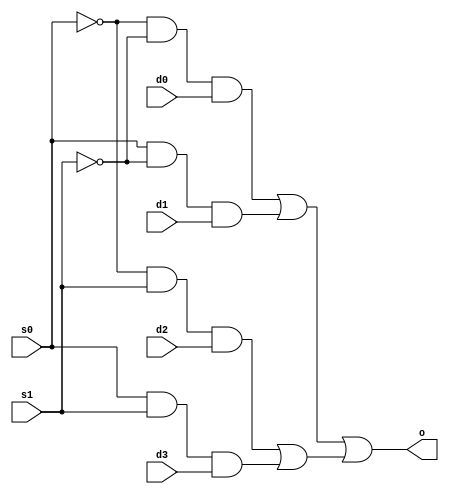
//Ricky Gutierrez
//CSC137, Section 3
//Assignment #1
//mux4x1.v

module MuxMod(s0, s1, d0, d1, d2, d3, o);
	input s0, s1, d0, d1, d2, d3;
	output o;

	wire and0, and1, and2, and3;

	and(and0, ((~s0) & (~s1)), d0);
	and(and1, (s0 & (~s1)), d1);
	and(and2, ((~s0) & s1), d2);
	and(and3, (s0 & s1), d3);
	or(o, (and0 | and1), (and2 | and3));
endmodule

module TestMod;
	reg s0, s1, d0, d1, d2, d3;
	wire o;
	MuxMod my_mux(s0, s1, d0, d1, d2, d3, o);

	initial begin
		$display("Time\ts1\ts0\td0\td1\td2\td3\to");
		$display("---------------------------------------------------------");
		$monitor("%0d\t%b\t%b\t%b\t%b\t%b\t%b\t%b", $time, s1, s0, d0, d1, d2, d3, o);
	end

	initial begin
	//#1
		s0 = 0; s1 = 0; d0 = 0; d1 = 0; d2 = 0; d3 = 0; #1;
		s0 = 0; s1 = 0; d0 = 0; d1 = 0; d2 = 0; d3 = 1; #1;
		s0 = 0; s1 = 0; d0 = 0; d1 = 0; d2 = 1; d3 = 0; #1;
                s0 = 0; s1 = 0; d0 = 0; d1 = 0; d2 = 1; d3 = 1; #1;
                s0 = 0; s1 = 0; d0 = 0; d1 = 1; d2 = 0; d3 = 0; #1;
                s0 = 0; s1 = 0; d0 = 0; d1 = 1; d2 = 0; d3 = 1; #1;
                s0 = 0; s1 = 0; d0 = 0; d1 = 1; d2 = 1; d3 = 0; #1;
                s0 = 0; s1 = 0; d0 = 0; d1 = 1; d2 = 1; d3 = 1; #1;
	//#2
                s0 = 0; s1 = 0; d0 = 1; d1 = 0; d2 = 0; d3 = 1; #1;
                s0 = 0; s1 = 0; d0 = 1; d1 = 0; d2 = 1; d3 = 0; #1;
                s0 = 0; s1 = 0; d0 = 1; d1 = 0; d2 = 1; d3 = 0; #1;
                s0 = 0; s1 = 0; d0 = 1; d1 = 0; d2 = 1; d3 = 1; #1;
                s0 = 0; s1 = 0; d0 = 1; d1 = 1; d2 = 0; d3 = 0; #1;
                s0 = 0; s1 = 0; d0 = 1; d1 = 1; d2 = 0; d3 = 1; #1;
                s0 = 0; s1 = 0; d0 = 1; d1 = 1; d2 = 1; d3 = 0; #1;
                s0 = 0; s1 = 0; d0 = 1; d1 = 1; d2 = 1; d3 = 1; #1;
	//#3
		s0 = 1; s1 = 0; d0 = 0; d1 = 0; d2 = 0; d3 = 0; #1;
                s0 = 1; s1 = 0; d0 = 0; d1 = 0; d2 = 0; d3 = 1; #1;
                s0 = 1; s1 = 0; d0 = 0; d1 = 0; d2 = 1; d3 = 0; #1;
                s0 = 1; s1 = 0; d0 = 0; d1 = 0; d2 = 1; d3 = 1; #1;
                s0 = 1; s1 = 0; d0 = 0; d1 = 1; d2 = 0; d3 = 0; #1;
                s0 = 1; s1 = 0; d0 = 0; d1 = 1; d2 = 0; d3 = 1; #1;
                s0 = 1; s1 = 0; d0 = 0; d1 = 1; d2 = 1; d3 = 0; #1;
                s0 = 1; s1 = 0; d0 = 0; d1 = 1; d2 = 1; d3 = 1; #1;
	//#4
                s0 = 1; s1 = 0; d0 = 1; d1 = 0; d2 = 0; d3 = 0; #1;
                s0 = 1; s1 = 0; d0 = 1; d1 = 0; d2 = 0; d3 = 1; #1;
                s0 = 1; s1 = 0; d0 = 1; d1 = 0; d2 = 1; d3 = 0; #1;
                s0 = 1; s1 = 0; d0 = 1; d1 = 0; d2 = 1; d3 = 1; #1;
                s0 = 1; s1 = 0; d0 = 1; d1 = 1; d2 = 0; d3 = 0; #1;
                s0 = 1; s1 = 0; d0 = 1; d1 = 1; d2 = 0; d3 = 1; #1;
                s0 = 1; s1 = 0; d0 = 1; d1 = 1; d2 = 1; d3 = 0; #1;
                s0 = 1; s1 = 0; d0 = 1; d1 = 1; d2 = 1; d3 = 1; #1;
	//#5
                s0 = 0; s1 = 1; d0 = 0; d1 = 0; d2 = 0; d3 = 0; #1;
                s0 = 0; s1 = 1; d0 = 0; d1 = 0; d2 = 0; d3 = 1; #1;
                s0 = 0; s1 = 1; d0 = 0; d1 = 0; d2 = 1; d3 = 0; #1;
                s0 = 0; s1 = 1; d0 = 0; d1 = 0; d2 = 1; d3 = 1; #1;
                s0 = 0; s1 = 1; d0 = 0; d1 = 1; d2 = 0; d3 = 0; #1;
                s0 = 0; s1 = 1; d0 = 0; d1 = 1; d2 = 0; d3 = 1; #1;
                s0 = 0; s1 = 1; d0 = 0; d1 = 1; d2 = 1; d3 = 0; #1;
                s0 = 0; s1 = 1; d0 = 0; d1 = 1; d2 = 1; d3 = 1; #1;
	//#6
		s0 = 0; s1 = 1; d0 = 1; d1 = 0; d2 = 0; d3 = 0; #1;
                s0 = 0; s1 = 1; d0 = 1; d1 = 0; d2 = 0; d3 = 1; #1;
                s0 = 0; s1 = 1; d0 = 1; d1 = 0; d2 = 1; d3 = 0; #1;
                s0 = 0; s1 = 1; d0 = 1; d1 = 0; d2 = 1; d3 = 1; #1;
                s0 = 0; s1 = 1; d0 = 1; d1 = 1; d2 = 0; d3 = 0; #1;
                s0 = 0; s1 = 1; d0 = 1; d1 = 1; d2 = 0; d3 = 1; #1;
                s0 = 0; s1 = 1; d0 = 1; d1 = 1; d2 = 1; d3 = 0; #1;
                s0 = 0; s1 = 1; d0 = 1; d1 = 1; d2 = 1; d3 = 1; #1;
	//#7
                s0 = 1; s1 = 1; d0 = 0; d1 = 0; d2 = 0; d3 = 0; #1;
                s0 = 1; s1 = 1; d0 = 0; d1 = 0; d2 = 0; d3 = 1; #1;
                s0 = 1; s1 = 1; d0 = 0; d1 = 0; d2 = 1; d3 = 0; #1;
                s0 = 1; s1 = 1; d0 = 0; d1 = 0; d2 = 1; d3 = 1; #1;
                s0 = 1; s1 = 1; d0 = 0; d1 = 1; d2 = 0; d3 = 0; #1;
                s0 = 1; s1 = 1; d0 = 0; d1 = 1; d2 = 0; d3 = 1; #1;
                s0 = 1; s1 = 1; d0 = 0; d1 = 1; d2 = 1; d3 = 0; #1;
                s0 = 1; s1 = 1; d0 = 0; d1 = 1; d2 = 1; d3 = 1; #1;
	//#8
                s0 = 1; s1 = 1; d0 = 1; d1 = 0; d2 = 0; d3 = 0; #1;
                s0 = 1; s1 = 1; d0 = 1; d1 = 0; d2 = 0; d3 = 1; #1;
                s0 = 1; s1 = 1; d0 = 1; d1 = 0; d2 = 1; d3 = 0; #1;
                s0 = 1; s1 = 1; d0 = 1; d1 = 0; d2 = 1; d3 = 1; #1;
                s0 = 1; s1 = 1; d0 = 1; d1 = 1; d2 = 0; d3 = 0; #1;
                s0 = 1; s1 = 1; d0 = 1; d1 = 1; d2 = 0; d3 = 1; #1;
                s0 = 1; s1 = 1; d0 = 1; d1 = 1; d2 = 1; d3 = 0; #1;
                s0 = 1; s1 = 1; d0 = 1; d1 = 1; d2 = 1; d3 = 1; #1;
	end
endmodule